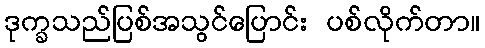
ဒုက္ခသည်ပြစ်အသွင်ပြောင်း ပစ်လိုက်တာ။